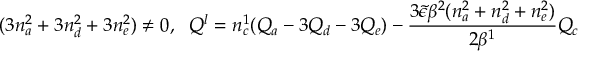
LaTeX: ( 3 n _ { a } ^ { 2 } + 3 n _ { d } ^ { 2 } + 3 n _ { e } ^ { 2 } ) \neq 0 , \; \ Q ^ { l } = n _ { c } ^ { 1 } ( Q _ { a } - 3 Q _ { d } - 3 Q _ { e } ) - \frac { 3 { \tilde { \epsilon } } \beta ^ { 2 } ( n _ { a } ^ { 2 } + n _ { d } ^ { 2 } + n _ { e } ^ { 2 } ) } { 2 \beta ^ { 1 } } Q _ { c }